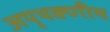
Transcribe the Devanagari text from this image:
अपृथक्णीय